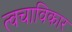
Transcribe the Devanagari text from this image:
त्वचाविकार